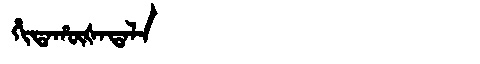
Manchu: ᡥᡳᡨᠠᡥᡡᡧᠠᡨᠠᠯᠠ
Romanization: HITAHŪŠATALA